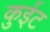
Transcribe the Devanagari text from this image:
कुईट